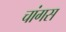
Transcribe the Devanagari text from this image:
चांगस